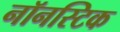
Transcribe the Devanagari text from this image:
नॉनस्टिक